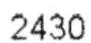
2430